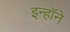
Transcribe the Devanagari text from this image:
इन्हॉने